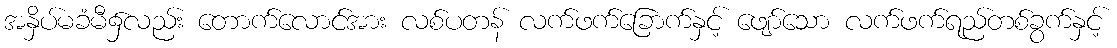
အနှိပ်မခံမီ၌လည်း တောက်လောင်အား လစ်ပတန် လက်ဖက်ခြောက်နှင့် ဖျော်သော လက်ဖက်ရည်တစ်ခွက်နှင့်